Report of the Municipal Commissioner on the plague in Bombay for the year ending 31st May... - Volume 3
Disease focus: Plague
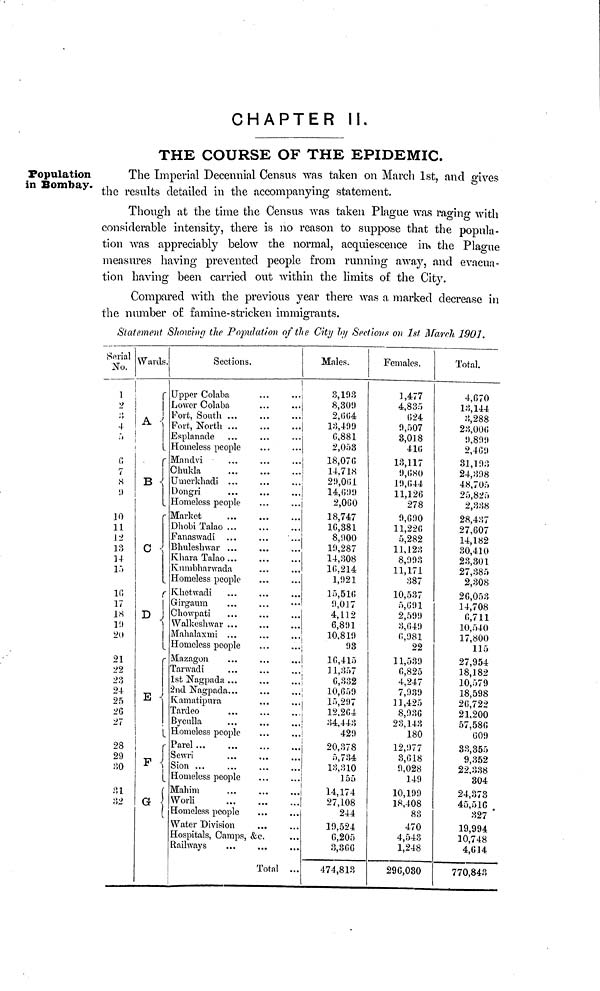
CHAPTER II.
THE COURSE OF THE EPIDEMIC.
Population
in Bombay.
The Imperial Decennial Census was taken on March 1st, and gives
the results detailed in the accompanying statement.
Though at the time the Census was taken Plague was raging with
considerable intensity, there is no reason to suppose that the popula-
tion was appreciably below the normal, acquiescence in the Plague
measures having prevented people from running away, and evacua-
tion having been carried out within the limits of the City.
Compared with the previous year there was a marked decrease in
the number of famine-stricken immigrants.
Statement Showing the Population of the City by Sections on 1st March 1901.
Serial
No.
1
2
3
4
5
6
7
8
9
10
11
12
13
14
15
16
17
18
19
20
21
22
23
24
25
26
27
28
29
30
31
32
Wards.
A
B
C
D
E
F
G
Sections.
Upper Colaba
Lower Colaba
Fort, South ...
Fort, North
Esplanade
Homeless people
Mandvi
Chukla
Umerkhadi ...
Dongri
Homeless people
Market
Dhobi Talao ...
Fanaswadi
Bhuleshwar ...
Khara Talao ...
Kumbharwada
Homeless people
Khetwadi
Girgaum
Chowpati
Walkeshwar ...
Mahalaxmi ...
Homeless people
Mazagon
Tarwadi
1st Nagpada ...
2nd Nagpada...
Kamatipura
Tardeo
Byculla
Homeless people
Parel
Sewri
Sion ...
Homeless people
Mahim
Worli
Homeless people
Water Division
Hospitals, Camps, &c.
Railways
Total ...
Males.
3,193
8,309
2,664
13,499
6,881
2,053
18,070
14,718
29,001
14,099
2,060
18,747
16,381
8,900
19,287
14,308
10.214
1,921
15,516
9,017
4,112
6,891
10,819
93
10,415
11,357
6,332
10,659
15,297
|
12,204
34,443
¡
429
20,378
5,734
13,310
155
14,174
27,108
244
19,524
0,205
3,30G
474,813
Females.
1,477
4,835
024
9,507
3,018
410
13,117
9,680
19,044
11,126
278
9,690
11,220
5,282
11,123
8,993
11,171
387
10,537
5,091
2,599
3,049
0,981
22
11,539
0,825
4,247
7,939
11,425
8,936
23,143
180
12,977
3,018
9,028
149
10,199
18,408
83
470
4,543
1,248
296,030
Total.
4,070
13,144
3,288
23,000
9,899
2,469
31,193
24,398
48,705
25,825
2,338
28,437
27,607
14,182
30,410
23,301
27,385
2,308
26,053
14,708
0,711
10,540
17,800
115
27,954
18,182
10,579
18,598
20,722
21,200
57,580
009
33,355
9,352
22,338
304
24,373
45,516
327
19,994
10,748
4,014
770,843